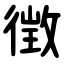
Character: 徴